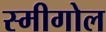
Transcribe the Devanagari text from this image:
स्मीगोल